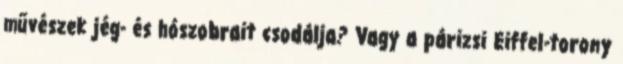
művészek jég- és hószobrait csodálja? Vagy a párizsi Eiffel-torony